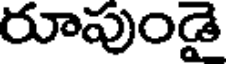
రూపుండై